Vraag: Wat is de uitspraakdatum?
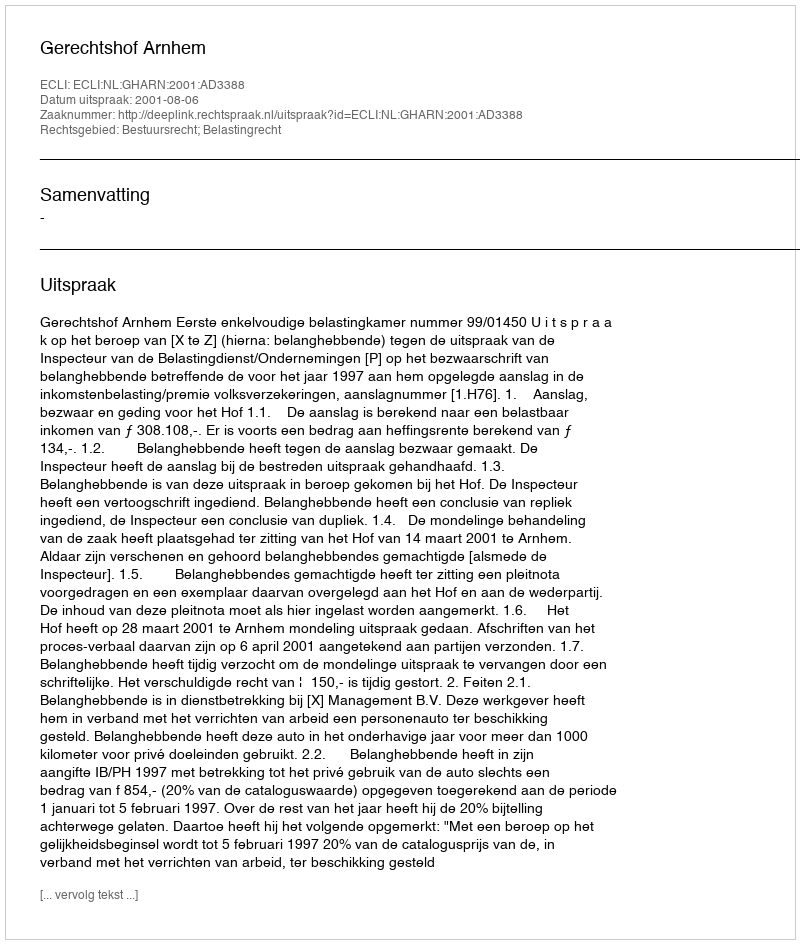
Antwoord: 2001-08-06